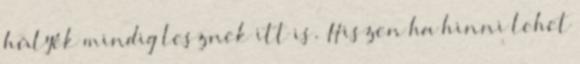
hülyék mindig lesznek itt is. Hiszen ha hinni lehet